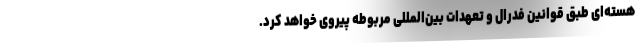
هسته‌ای طبق قوانین فدرال و تعهدات بین‌المللی مربوطه پیروی خواهد کرد.